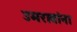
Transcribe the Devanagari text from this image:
उमरावांना